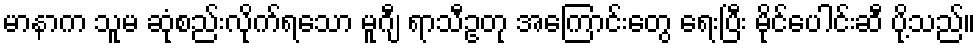
မာနာက သူမ ဆုံစည်းလိုက်ရသော မူဂျီ ရာသီဥတု အကြောင်းတွေ ရေးပြီး မိုင်ပေါင်းဆီ ပို့သည်။